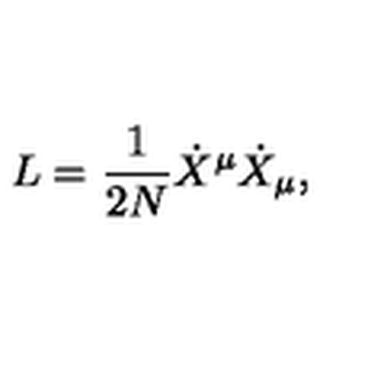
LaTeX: L = \frac { 1 } { 2 N } { \dot { X } } ^ { \mu } { \dot { X } } _ { \mu } ,